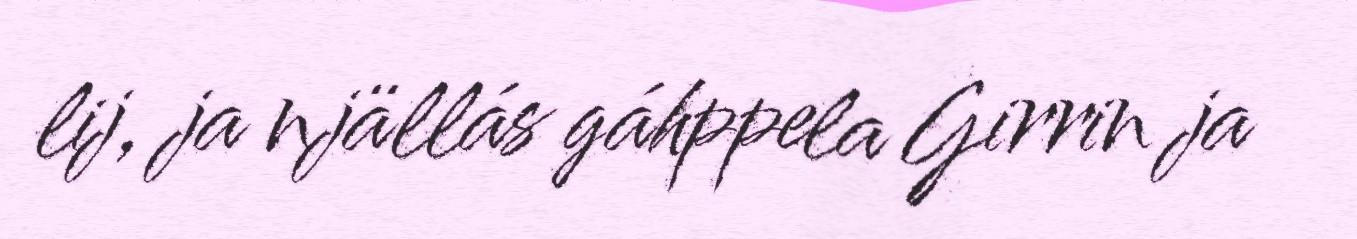
lij, ja njällás gáhppela Girrin ja